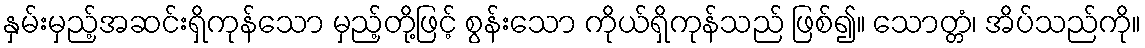
နှမ်းမှည့်အဆင်းရှိကုန်သော မှည့်တို့ဖြင့် စွန်းသော ကိုယ်ရှိကုန်သည် ဖြစ်၍။ သောတ္တံ၊ အိပ်သည်ကို။